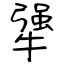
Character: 犟